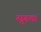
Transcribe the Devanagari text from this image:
सुगता